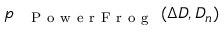
p _ { \mathrm { ~ \textsc ~ { ~ P ~ o ~ w ~ e ~ r ~ F ~ r ~ o ~ g ~ } ~ } } ( \Delta D , D _ { n } )